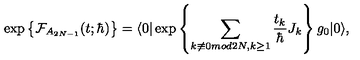
\exp \left\{ \mathrm { \cal { F } } _ { A _ { 2 N - 1 } } ( t ; \hbar ) \right\} = \langle 0 | \exp \left\{ \sum _ { k \not \equiv 0 m o d 2 N , k \geq 1 } \frac { t _ { k } } { \hbar } J _ { k } \right\} g _ { 0 } | 0 \rangle ,